Medical and sanitary report of the native army of Bengal for the year
Year: 1876
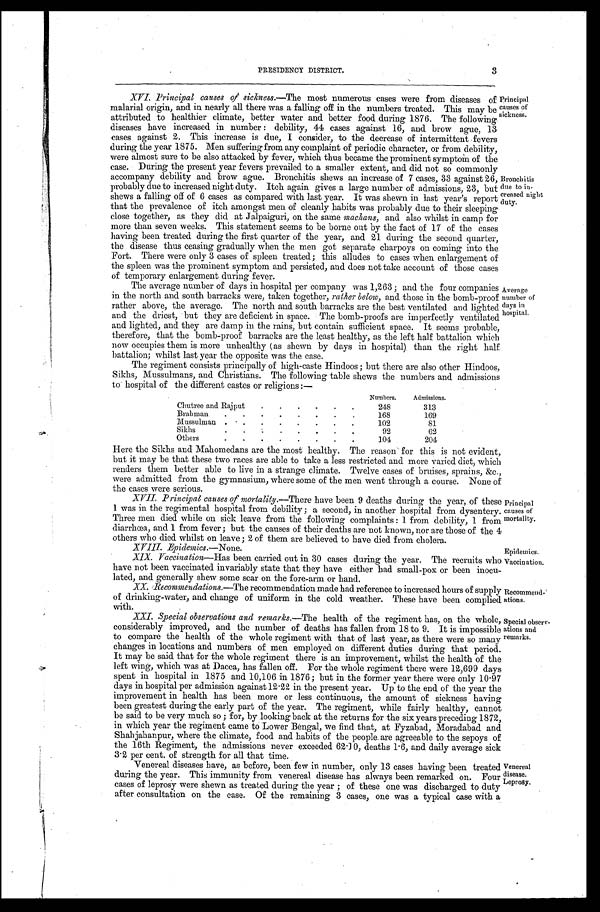
Principal
causes of
s i c k n e s s .
Bronchitis due to in
-creased night
duty.
PRESIDENCY DISTRICT.
3
XVI. Principal causes of sickness .—The most numerous cases were from diseases of
malarial falling
origin, and in nearly all there was a falling off in the numbers treated. This may be
attributed to healthier climate, better water and better food during 1876. The following
diseases have increased in number: debility, 44 cases against 16, and brow ague, 13
cases against 2. This increase is due, I consider, to the decrease of intermittent fevers
during the year 1875. Men suffering from any complaint of periodic character, or from debility,
were almost sure to be also attacked by fever, which thus became the prominent symptom of the
case. During the present year fevers prevailed to a smaller extent, and did not so commonly
accompany debility and brow ague. Bronchitis shews an increase of 7 cases, 33 against 26,
probably due to increased night duty. Itch again gives a large number of admissions, 23, but
shews a falling off of 6 cases as compared with last year. It was shewn in last year's report
that the prevalence of itch amongst men of cleanly habits was probably due to their sleeping
close together, as they did at Jalpaiguri, on the same machans, and also whilst in camp for
more than seven weeks. This statement seems to be borne out by the fact of 17 of the cases
having been treated during the first quarter of the year, and 21 during the second quarter,
the disease thus ceasing gradually when the men got separate charpoys on coming into the
Fort. There were only 3 cases of spleen treated; this alludes to cases when enlargement of
the spleen was the prominent symptom and persisted, and does not take account of those cases
of temporary enlargement during fever.
Average number of
d a y s i n
h o s p i t a l .
The average number of days in hospital per company was 1,263; and the four companies
in the north and south barracks were, taken together, rather below, and those in the bomb-proof
rather above, the average. The north and south barracks are the best ventilated and lighted
and the driest, but they are deficient in space. The bomb-proofs are imperfectly ventilated
and lighted, and they are damp in the rains, but contain sufficient space. It seems probable,
therefore, that the bomb-proof barracks are the least healthy, as the left half battalion which
now occupies them is more unhealthy (as shewn by days in hospital) . than the right half
battalion; whilst last year the opposite was the case.
The regiment consists principally of high-caste Hindoos; but there are also other Hindoos,
Sikhs, Mussulmans, and Christians. The following table shews the numbers and admissions
to hospital of the different castes or religions:—
Numbers. Admissions.
Chutree and Rajput
248
313
Brahman
168
169
Mussulman
102
81
Sikhs
92
62
Others
1 0 4
2 0 4
Here the Sikhs and Mahomedans are the most healthy. The reason for this is not evident,
but it may be that these two races are able to take a less restricted and more varied diet, which
renders them better able to live in a strange climate. Twelve cases of bruises, sprains, &c.,
were admitted from the gymnasium, where some of the men went through a course. None of
the cases were serious.
XVII. Principal causes of mortality.—There have been 9 deaths during the year,. of these
I was in the regimental hospital from debility; a second, in another hospital from dysentery.
Three men died while on sick leave from the following complaints: 1 from debility, 1 from
diarrhœa, and 1 from fever; but the causes of their deaths are not known, nor are those of the 4
others who died whilst on leave; 2 of them are believed to have died from cholera.
Principal
causes of
mortality.
XVIII. Epidemics.—None.
Epidemics.
XIX. Vaccination—Has been carried out in 30 cases during the year. The recruits who
have not been vaccinated invariably state that they have either had small-pox or been inocu
-lated, and generally shew some scar on the fore-arm or hand.
Vaccinatio
n.
XX. Recommendations.—The recommendation made had reference to increased hours of supply
of drinking-water, and change of uniform in the cold weather. These have been complied
with.
Recommend
-
ations.
XXI. Special observations and remarks .—The health of the regiment has, on the whole,
considerably improved, and the number of deaths has fallen from 18 to 9. It is impossible
to compare the health of the whole regiment with that of last year, as there were so many
changes in locations and numbers of men employed on different duties during that period.
It may be said that for the whole regiment there is an improvement, whilst the health of the
left wing, which was at Dacca, has fallen off. For the whole regiment there were 12,699 days
spent in hospital in 1875 and 10,106 in 1876; but in the former year there were only 10.97
days in hospital per admission against 12 .22 in the present year. Up to the end of the year the
improvement in health has been more or less continuous, the amount of sickness having
been greatest during the early part of the year. The regiment, while fairly healthy, cannot
be said to be very much so; for, by looking back at the returns for the six years preceding 1872,
in which year the regiment came to Lower Bengal, we find that, at Fyzabad, Moradabad and
Shahjahanpur, where the climate, food and habits of the people. are agreeable to the sepoys of
the 16th Regiment, the admissions never exceeded 62.] 0, deaths 1.6, and daily average sick
3.2 per cent. of strength for all that time.
Special observ- ations and remarks.
Venereal diseases have, as before, been few in number, only 13 cases having been treated
during the year. This immunity from venereal disease has always been remarked on. Four
cases of leprosy were shewn as treated during the year; of these one was discharged to duty
after consultation on the case. Of the remaining 3 cases, one was a typical case with a
Venereal diseases.
Leprosy.